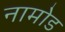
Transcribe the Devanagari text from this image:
नामोड